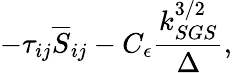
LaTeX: -\tau_{ij}\overline{{S}}_{ij}-C_{\epsilon}\frac{k_{SGS}^{3/2}}{\Delta},